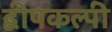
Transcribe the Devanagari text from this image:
द्वीपकल्पी